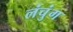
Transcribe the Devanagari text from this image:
लंचुंग